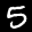
Label: 5